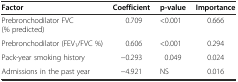
<table><thead><tr><td><b>Factor</b></td><td><b>Coefficient</b></td><td><b>p-value</b></td><td><b>Importance</b></td></tr></thead><tbody><tr><td>Prebronchodilator FVC (% predicted)</td><td>0.709</td><td>&lt;0.001</td><td>0.666</td></tr><tr><td>Prebronchodilator (FEV<sub>1</sub>/FVC %)</td><td>0.606</td><td>&lt;0.001</td><td>0.294</td></tr><tr><td>Pack-year smoking history</td><td>-0.293</td><td>0.049</td><td>0.024</td></tr><tr><td>Admissions in the past year</td><td>-4.921</td><td>NS</td><td>0.016</td></tr></tbody></table>